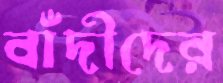
বাঁদীদের